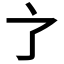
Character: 𬻺